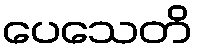
ပေသေတိ